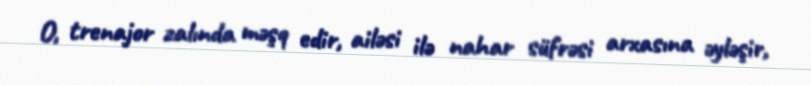
O, trenajor zalında məşq edir, ailəsi ilə nahar süfrəsi arxasına əyləşir,